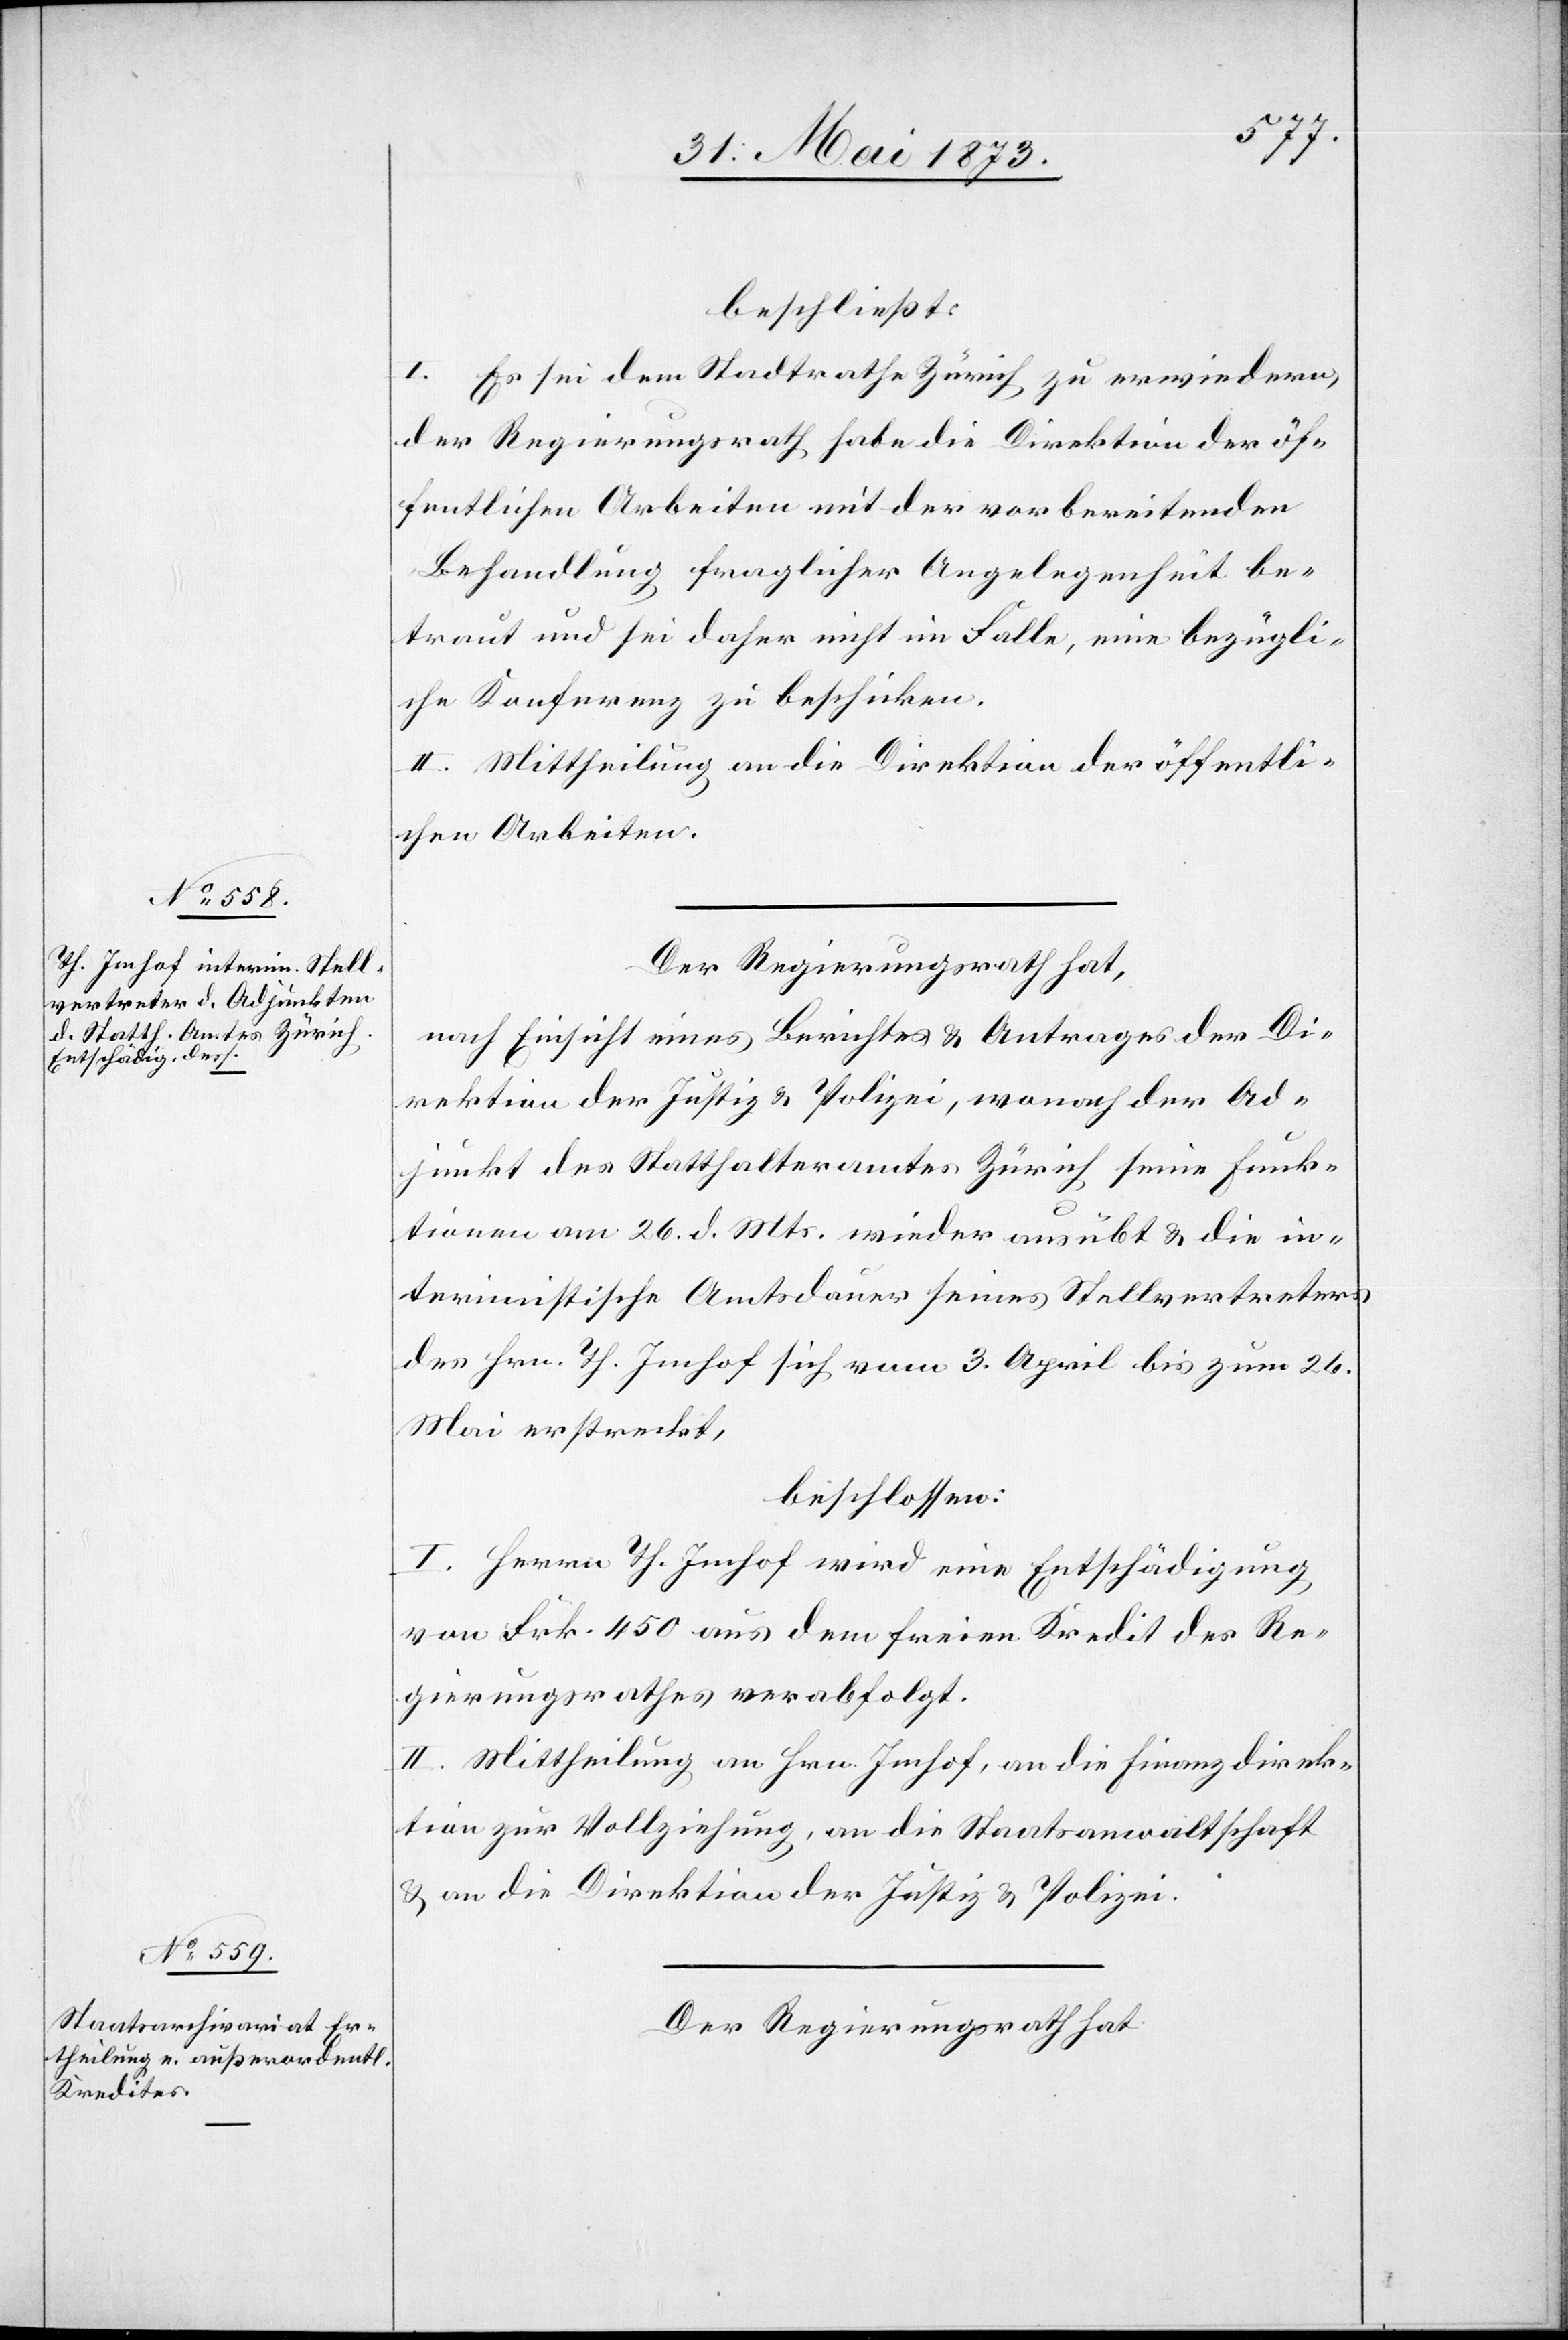
beschließt:
I. Es sei dem Stadtrathe Zürich zu erwiedern,
der Regierungsrath habe die Direktion der öf¬
fentlichen Arbeiten mit der vorbereitenden
Behandlung fraglicher Angelegenheit be¬
traut und sei daher nicht im Falle, eine bezügli¬
che Konferenz zu beschicken.
II. Mittheilung an die Direktion der öffentli¬
chen Arbeiten.
Der Regierungsrath hat,
nach Einsicht eines Berichtes & Antrages der Di¬
rektion der Justiz & Polizei, wonach der Ad¬
junkt des Statthalteramtes Zürich seine Funk¬
tionen am 26. d. Mts. wieder ausübt & die in¬
terimistische Amtsdauer seines Stellvertreters
des Hrn. Th. Imhof sich vom 3. April bis zum 26.
Mai erstreckt,
beschlossen:
I. Herrn Th. Imhof wird eine Entschädigung
von Frk. 450 aus dem freien Kredit des Re¬
gierungsrathes verabfolgt.
II. Mittheilung an Hrn. Imhof, an die Finanzdirek¬
tion zur Vollziehung, an die Staatsanwaltschaft
& an die Direktion der Justiz & Polizei.
Der Regierungsrath hat,